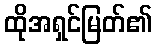
ထိုအရှင်မြတ်၏